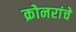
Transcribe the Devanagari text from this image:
क्रोनरांचे